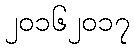
၂၀၁၆၂၀၁၇